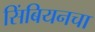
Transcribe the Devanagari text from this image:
सिंबियनचा